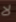
لا